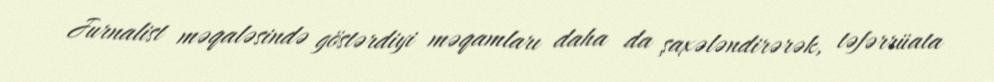
Jurnalist məqaləsində göstərdiyi məqamları daha da şaxələndirərək, təfərrüata